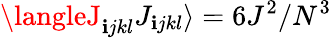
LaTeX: \langleJ_{\mathbf{i}jkl}J_{\mathbf{i}jkl}\rangle=6J^{2}/N^{3}